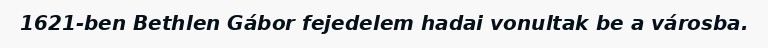
1621-ben Bethlen Gábor fejedelem hadai vonultak be a városba.